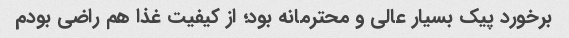
برخورد پیک بسیار عالی و محترمانه بود؛ از کیفیت غذا هم راضی بودم